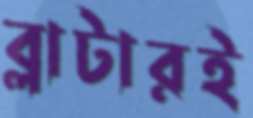
ব্লাটারই